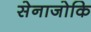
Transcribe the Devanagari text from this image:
सेनाजोकि